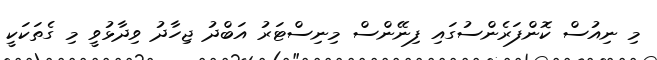
މި ނިއުސް ކޮންފަރެންސުގައި ފިނޭންސް މިނިސްޓަރު އަބްދު ޖިހާދު ވިދާޅުވީ މި ގެތަކަކީ